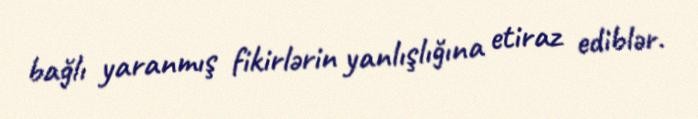
bağlı yaranmış fikirlərin yanlışlığına etiraz ediblər.